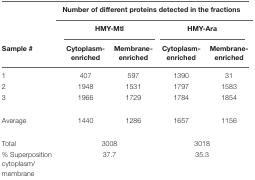
|  | <COLSPAN=4> Number of different proteins detected in the fractions |
 |  | <COLSPAN=2> HMY-Mtl | <COLSPAN=2> HMY-Ara |
 | Sample # | Cytoplasm-enriched | Membrane-enriched | Cytoplasm-enriched | Membrane-enriched |
 | --- | --- | --- | --- | --- |
 | 1 | 407 | 597 | 1390 | 31 |
 | 2 | 1948 | 1531 | 1797 | 1583 |
 | 3 | 1966 | 1729 | 1784 | 1854 |
 | Average | 1440 | 1286 | 1657 | 1156 |
 | Total | 3008 |  | 3018 |
 | % Superposition cytoplasm/membrane | 37.7 |  | 35.3 |